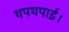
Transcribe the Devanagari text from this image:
थपथपाई।